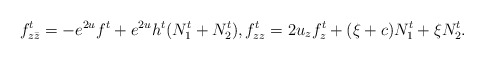
\begin{align*} f^t_{z\bar{z}} = -e^{2u}f^t + e^{2u} h^t (N^t_1+N^t_2), f^t_{zz} = 2 u_z f^t_z+ (\xi +c) N^t_1 + \xi N^t_2.\end{align*}